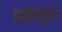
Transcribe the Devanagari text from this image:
डाईल्युएंट